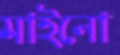
মাইনো